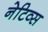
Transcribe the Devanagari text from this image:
नेटिव्स